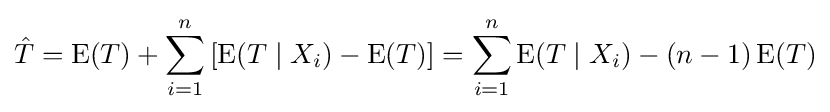
{\hat {T}}=\operatorname {E} (T)+\sum _{i=1}^{n}\left[\operatorname {E} (T\mid X_{i})-\operatorname {E} (T)\right]=\sum _{i=1}^{n}\operatorname {E} (T\mid X_{i})-(n-1)\operatorname {E} (T)